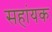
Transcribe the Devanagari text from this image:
सहांयक